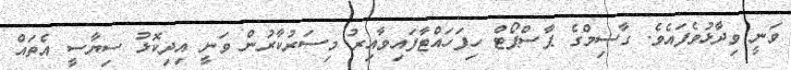
ވަނީ ވިދާޅުވެފައެވެ. ގާސިމްގެ ޕާސްޕޯޓް ހިފަހައްޓާފައިވާއިރު މިސަރުކާރުން ވަނީ އިދިކޮޅު ސިޔާސީ އެތައް